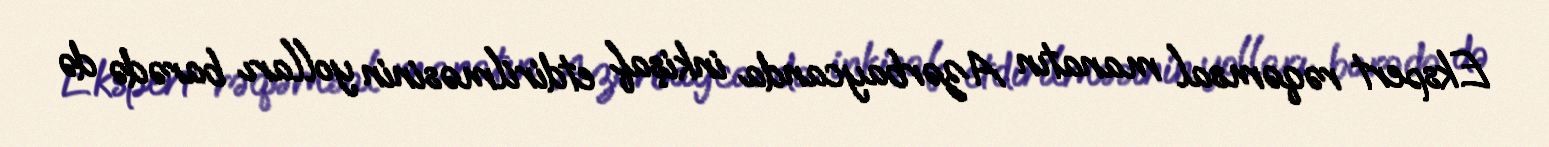
Ekspert rəqəmsal manatın Azərbaycanda inkişaf etdirilməsinin yolları barədə də